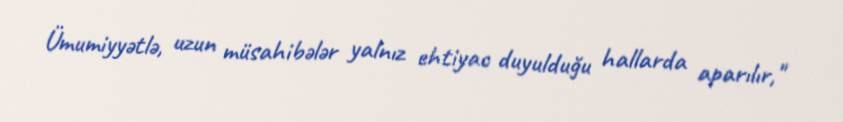
Ümumiyyətlə, uzun müsahibələr yalnız ehtiyac duyulduğu hallarda aparılır,"